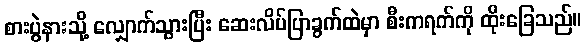
စားပွဲနားသို့ လျှောက်သွားပြီး ဆေးလိပ်ပြာခွက်ထဲမှာ စီးကရက်ကို ထိုးခြေသည်။